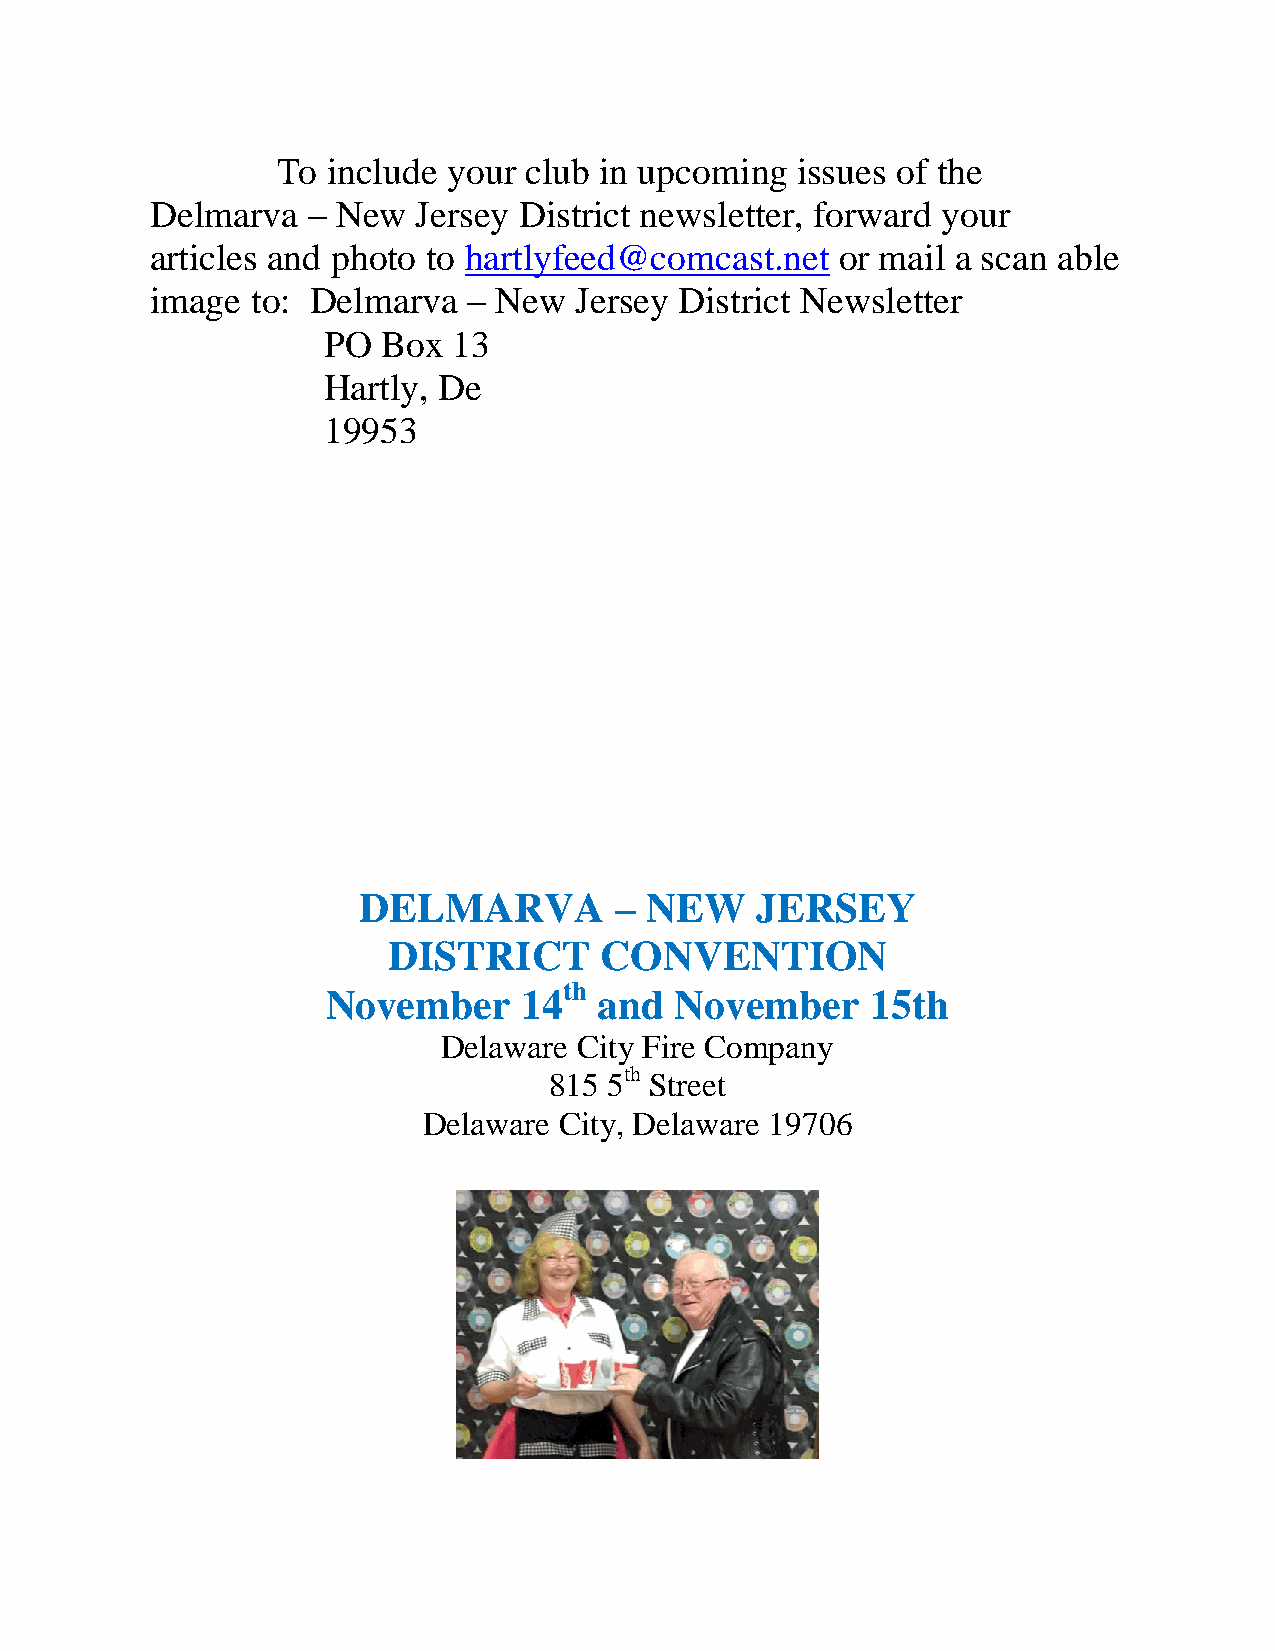
To  include your club in upcoming  issues of the
 Delmarva  – New   Jersey District newsletter, forward your
 articles and photo to hartlyfeed@comcast.net  or mail a scan able
 image  to: Delmarva  – New  Jersey District Newsletter
 PO  Box  13
 Hartly, De
 19953
 DELMARVA         – NEW    JERSEY
 DISTRICT      CONVENTION
 th
 November     14   and  November     15th
 Delaware City Fire Company
 th
 815 5  Street
 Delaware City, Delaware 19706